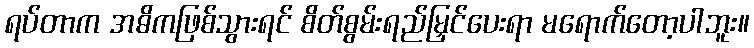
ရပ်တာက အဓိကဖြစ်သွားရင် စိတ်စွမ်းရည်မြှင်ပေးရာ မရောက်တော့ပါဘူး။